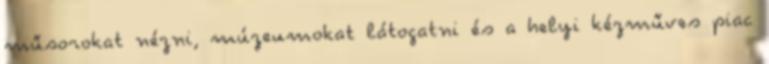
műsorokat nézni, múzeumokat látogatni és a helyi kézműves piac